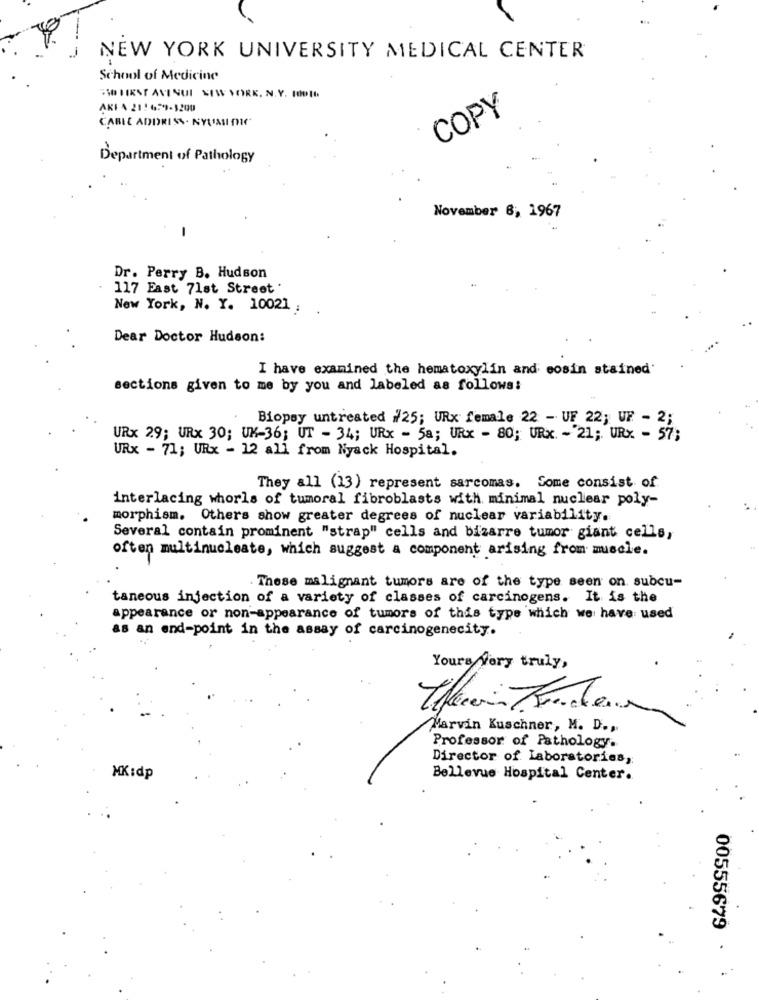
NEW YORK UNIVERSITY MEDICAL CENTER
School of Medicine
TO FIRST AVENUE NEW YORK, N.Y. HOO !!
AKI A 21! 6:9-1200
COPY
CABLE ADDRESS· NYLASI MIC
Department of Pathology
November 6, 1967
Dr. Perry B. Hudson
117 East 71st Street .
New York, N. Y. 10021 ;
Dear Doctor Hudson:
I have examined the hematoxylin and eosin stained'
sections given to me by you and labeled as follows:
Biopsy untreated #25; URx female 22 - UF 22; UR - 2;
URx 29; URx 30; UK-36; UT - 34; URx - 58; URx - 80; URx. - "21; URx - 57;
URx - 71; URx - 12 all from Nyack Hospital.
They all (13) represent sarcomas. Some consist of
interlacing whorls of tumoral fibroblasts with minimal nuclear poly-
morphism. Others show greater degrees of nuclear variability.
Several contain prominent "strap" cells and bizarre tumor giant cells,
often multinucleate, which suggest a component arising from muscle.
These malignant tumors are of the type seen on subcu-
taneous injection of a variety of classes of carcinogens. It is the
appearance or non-appearance of tumors of this type which we have used
as an end-point in the assay of carcinogenecity.
Yours Very truly,
Marvin Kuschner, M. D .,
Professor of Pathology.
Director of Laboratories,
MK:dp
Bellevue Hospital Center.
00555679
. :